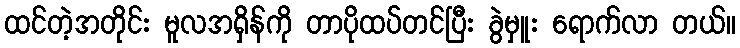
ထင်တဲ့အတိုင်း မူလအရှိန်ကို တာပိုထပ်တင်ပြီး ခွဲမှူး ရောက်လာ တယ်။